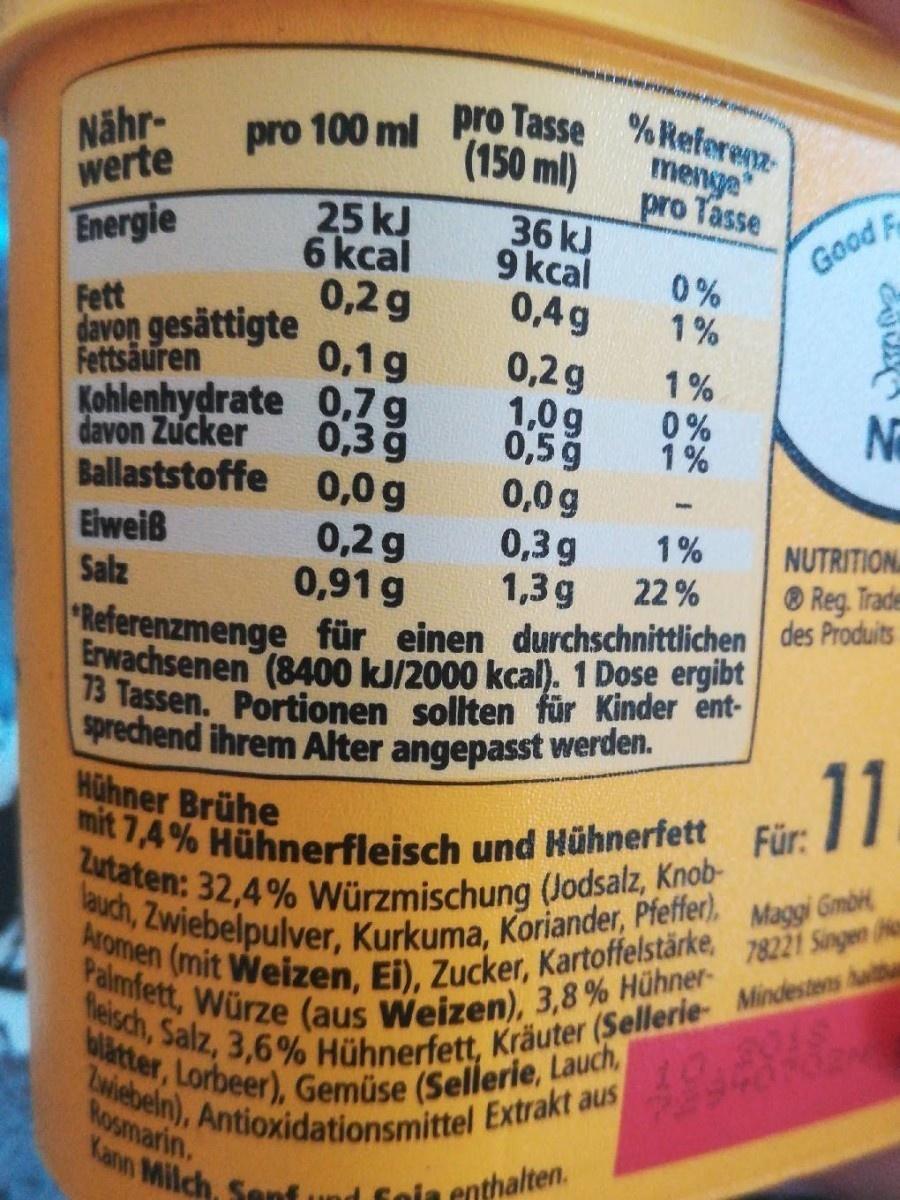
Nähr- werte
pro 100 ml pro Tasse %Referea-
(150 ml)
menge pro Tasse
25 kJ 6 kcal 0,2 g
36 kJ 9 kcal 0,4g 0,2g 1,0g 0,5g 0,0g 0,3 g 1,3g Referenzmenge für einen durchschnittlichen des Prodults
Energie
Good F
0% 1%
Fett davon gesättigte Fettsäuren Kohlenhydrate 0,7g davon Zucker Ballaststoffe 0,0 g Elweiß Salz
0,1g
1% 0% 1%
0,3 9
Ni
0,2 g 0,91 g
1%
NUTRITION
22%
® Reg. Trade
Erwachsenen (8400 kJ/2000 kcal). 1 Dose ergibt 13 Tassen. Portionen sollten für Kinder ent- sprechend ihrem Alter angepasst werden. Hühner Brühe
11
mit 7,4% Hühnerfleisch und Hühnerfett Zutaten: 32,4% Würzmischung (Jodsalz, Knob- lauch, Zwiebelpulver, Kurkuma, Koriander, Pfeffer),
Für:
Maggi Gmb 78221 Singen o
Aromen (mit Weizen, Ei), Zucker, Kartoffelstärke, feisch, Salz, 3,6% Hühnerfett, Kräuter (Sellerie- Mindestens hai
Palmfett, Würze (aus Weizen), 3,8 % Hühner-
201S
blatter, Lorbeer), Gemüse (Sellerie, Lauch,
baiebeln), Antioxidationsmittel Extrakt aus Rosmarin.
Kann Milch, Sen
1 foia enthalten.